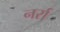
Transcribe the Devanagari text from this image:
नर्रा